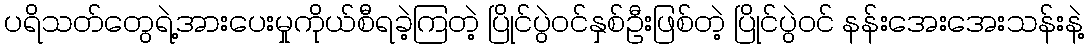
ပရိသတ်တွေရဲ့အားပေးမှုကိုယ်စီရခဲ့ကြတဲ့ ပြိုင်ပွဲဝင်နှစ်ဦးဖြစ်တဲ့ ပြိုင်ပွဲဝင် နန်းအေးအေးသန်းနဲ့